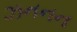
ઝનનન